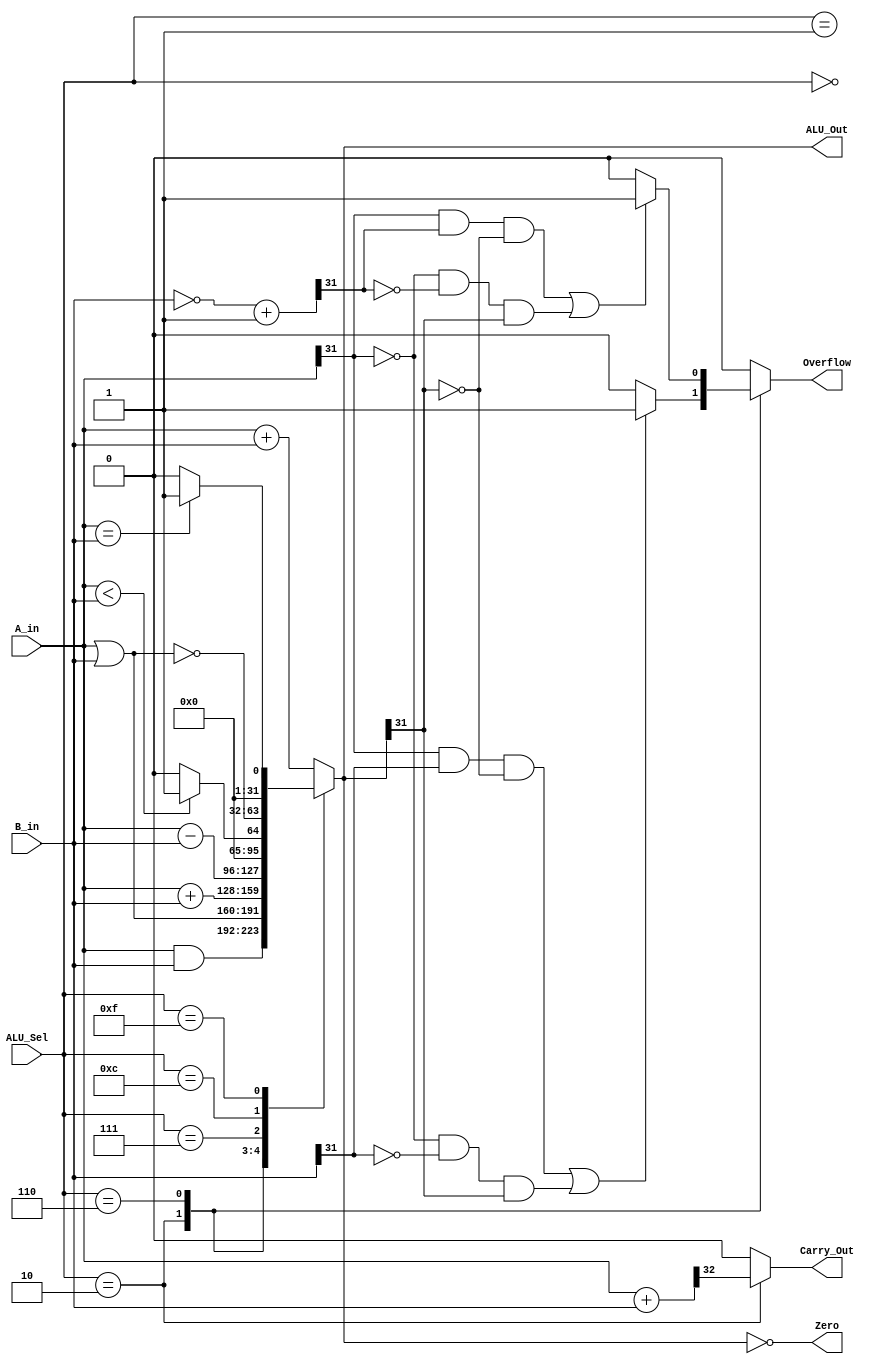
`timescale 1ns / 1ps
//////////////////////////////////////////////////////////////////////////////////
// Company: 
// Engineer: 
// 
// Design Name: 
// Module Name: ALU
// Project Name: 
// Target Devices: 
// Tool Versions: 
// Description: 
// 
// Dependencies: 
// 
// Revision:
// Revision 0.01 - File Created
// Additional Comments:
// 
//////////////////////////////////////////////////////////////////////////////////
module alu_32(A_in ,B_in ,ALU_Sel ,ALU_Out ,Carry_Out ,Zero ,Overflow);
    
    input [31:0] A_in, B_in;
    input [3:0] ALU_Sel; 
    
    output [31:0] ALU_Out;
    output reg    Carry_Out;
    output        Zero;
    output reg    Overflow = 1'b0;
    
    reg [31:0] ALU_Result;
    reg [32:0] temp;
    reg [32:0] twos_com; 
    
    assign ALU_Out = ALU_Result; 
    assign Zero    = (ALU_Result == 0);
    
    always @(*)
      begin 
        Overflow = 1'b0;
        Carry_Out = 1'b0; 
        case(ALU_Sel)
            4'b0000:  // And
                 ALU_Result = A_in & B_in;                      
            4'b0001:  // Or
                 ALU_Result = A_in | B_in;                       
            4'b0010:  // Signed Addition with Overflow and Carry_out checking 
                begin
                    ALU_Result = $signed(A_in) + $signed(B_in);
                    temp = {1'b0, A_in} + {1'b0, B_in};
                    Carry_Out = temp[32]; 
                    if (( A_in[31] & B_in[31] & ~ ALU_Out[31]) |  
                       (~ A_in[31] & ~ B_in[31] & ALU_Out[31]))
                            Overflow = 1'b1;
                    else 
                            Overflow = 1'b0;
                end               
            4'b0110: // Signed Subtraction with Overflow checking                                                        
                begin 
                    ALU_Result = $signed ( A_in ) - $signed ( B_in ) ;
                    twos_com = ~( B_in ) + 1'b1;
                    if (( A_in[31] & twos_com[31] & ~ ALU_Out[31]) |
                        (~ A_in[31] & ~ twos_com[31] & ALU_Out[31]))
                          Overflow = 1'b1;
                    else 
                          Overflow = 1'b0;
                end
            4'b0111: // Signed less than comparison
                ALU_Result = ($signed(A_in) < $signed(B_in))?32'd1:32'd0;
            4'b1100: // Nor
                ALU_Result = ~( A_in | B_in);                            
            4'b1111: // Equal Comparison
                ALU_Result = (A_in == B_in) ? 32'd1:32'd0;    
                            
            default: ALU_Result = A_in + B_in;
         endcase
       end
       
endmodule